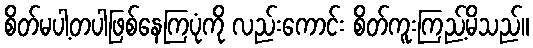
စိတ်မပါ့တပါဖြစ်နေကြပုံကို လည်းကောင်း စိတ်ကူးကြည့်မိသည်။